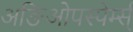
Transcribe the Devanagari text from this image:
अङिओपस्पेर्म्स्